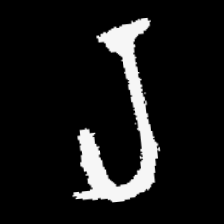
Pyu character \u2014 Myanmar letter: ရ (romanized: ra)